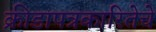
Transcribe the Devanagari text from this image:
क्रीडापत्रकारितेचे